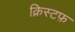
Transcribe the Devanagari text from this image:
क्रिस्टफ़